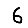
Digit: 6